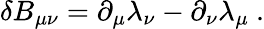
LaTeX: \delta B_{\mu\nu}=\partial_{\mu}\lambda_{\nu}-\partial_{\nu}\lambda_{\mu}\ .